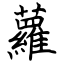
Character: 蘿